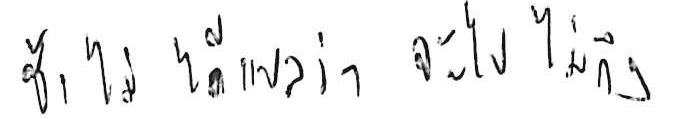
ช้า ไม่ได้แปลว่า จะไปไม่ถึง